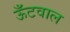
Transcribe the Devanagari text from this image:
ऊँटवाल